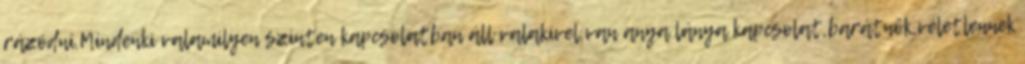
rázódni.Mindenki valamilyen szinten kapcsolatban áll valakivel,van anya lánya kapcsolat,barátnők,véletlennek